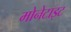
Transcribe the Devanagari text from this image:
मोनेटाइट